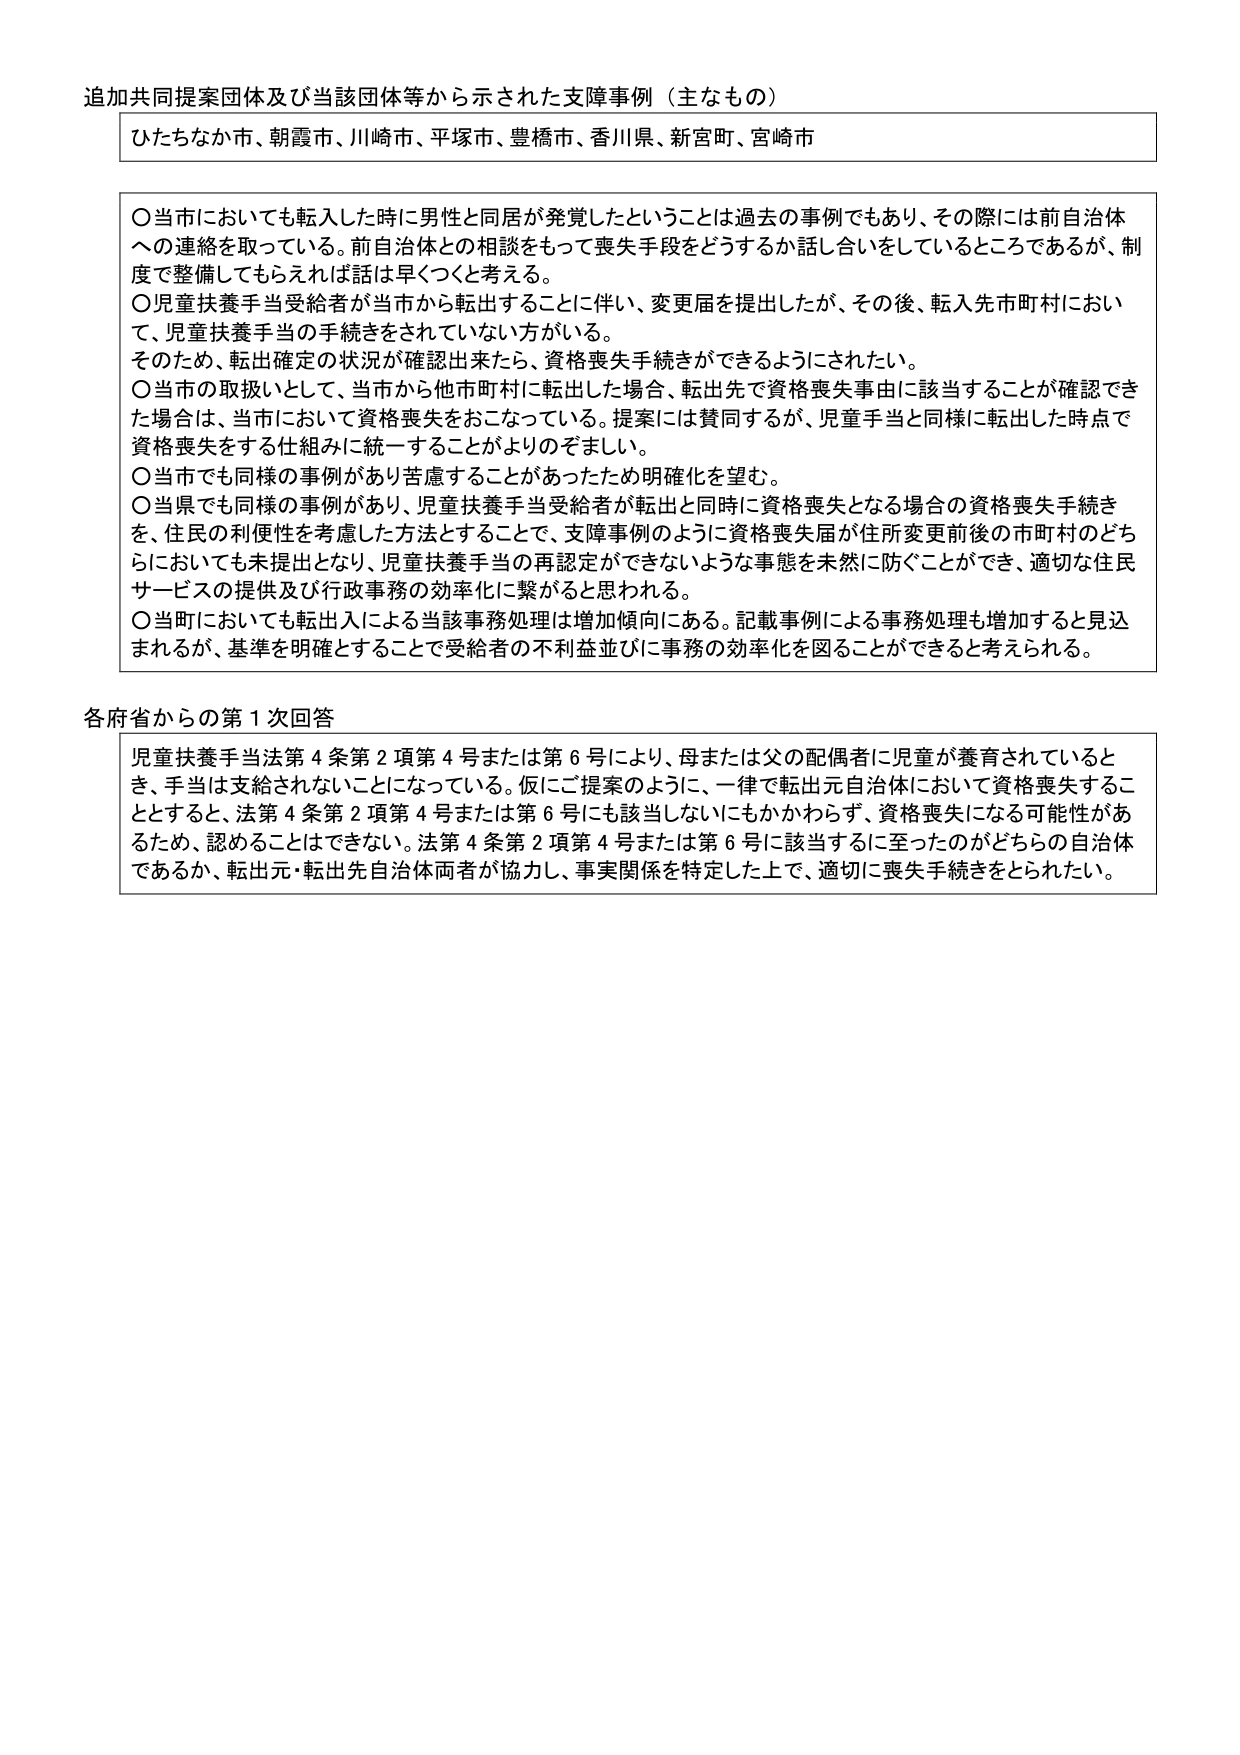
追加共同提案団体及び当該団体等から示された支障事例（主なもの）

ひたちなか市、朝霞市、川崎市、平塚市、豊橋市、香川県、新宮町、宮崎市

〇当市においても転入した時に男性と同居が発覚したということは過去の事例でもあり、その際には前自治体への連絡を取っている。前自治体との相談をもって喪失手段をどうするか話し合いをしているところであるが、制度で整備してもらえれば話は早くつくと考える。
〇児童扶養手当受給者が当市から転出することに伴い、変更届を提出したが、その後、転入先市町村において、児童扶養手当の手続きをされていない方がいる。
そのため、転出確定の状況が確認出来たら、資格喪失手続きができるようにされたい。
〇当市の取扱いとして、当市から他市町村に転出した場合、転出先で資格喪失事由に該当することが確認できた場合は、当市において資格喪失をおこなっている。提案には賛同するが、児童手当と同様に転出した時点で資格喪失をする仕組みに統一することがよりのぞましい。
〇当市でも同様の事例があり苦慮することがあったため明確化を望む。
〇当県でも同様の事例があり、児童扶養手当受給者が転出と同時に資格喪失となる場合の資格喪失手続きを、住民の利便性を考慮した方法とすることで、支障事例のように資格喪失届が住所変更前後の市町村のどちらにおいても未提出となり、児童扶養手当の再認定ができないような事態を未然に防ぐことができ、適切な住民サービスの提供及び行政事務の効率化に繋がると思われる。
〇当町においても転出入による当該事務処理は増加傾向にある。記載事例による事務処理も増加すると見込まれるが、基準を明確とすることで受給者の不利益並びに事務の効率化を図ることができると考えられる。

各府省からの第1次回答

児童扶養手当法第4条第2項第4号または第6号により、母または父の配偶者に児童が養育されているとき、手当は支給されないことになっている。仮にご提案のように、一律で転出元自治体において資格喪失することとすると、法第4条第2項第4号または第6号にも該当しないにもかかわらず、資格喪失になる可能性があるため、認めることはできない。法第4条第2項第4号または第6号に該当するに至ったのがどちらの自治体であるか、転出元・転出先自治体両者が協力し、事実関係を特定した上で、適切に喪失手続きをとられたい。